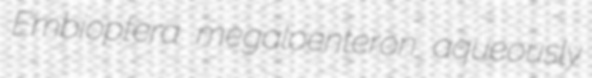
Embioptera megaloenteron aqueously